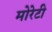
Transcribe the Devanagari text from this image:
मोरेटी